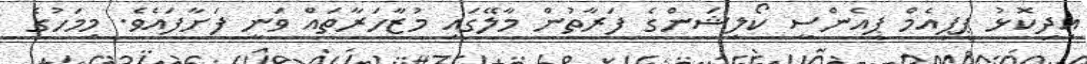
އިދިކޮޅު ޕީޕީއެމް ޕީއެންސީ ކޯލިޝަންގެ ފަރާތުން މާލޭގައި މުޒާހަރާތައް ވަނީ ފަށާފައެވެ. މިމަހުގެ